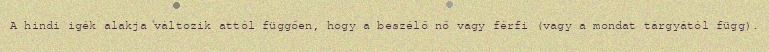
A hindi igék alakja változik attól függően, hogy a beszélő nő vagy férfi (vagy a mondat tárgyától függ).